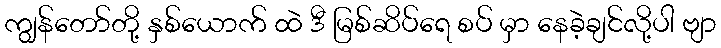
ကျွန်တော်တို့ နှစ်ယောက် ထဲ ဒီ မြစ်ဆိပ်ရေ စပ် မှာ နေခဲ့ချင်လို့ပါ ဗျာ